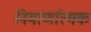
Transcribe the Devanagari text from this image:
निमार्णात्मक